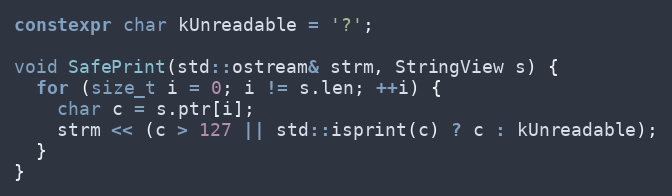
Language: C++
constexpr char kUnreadable = '?';

void SafePrint(std::ostream& strm, StringView s) {
  for (size_t i = 0; i != s.len; ++i) {
    char c = s.ptr[i];
    strm << (c > 127 || std::isprint(c) ? c : kUnreadable);
  }
}